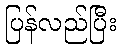
ပြန်လည်ပြီး